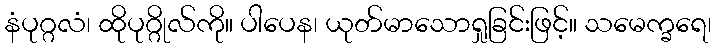
နံပုဂ္ဂလံ၊ ထိုပုဂ္ဂိုလ်ကို။ ပါပေန၊ ယုတ်မာသောရှုခြင်းဖြင့်။ သမေက္ခရေ၊